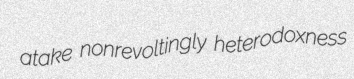
atake nonrevoltingly heterodoxness